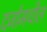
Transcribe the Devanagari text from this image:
दर्जामधील